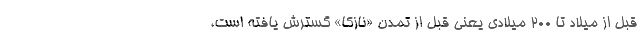
قبل از میلاد تا ۲۰۰ میلادی یعنی قبل از تمدن «نازکا» گسترش یافته‌ است،